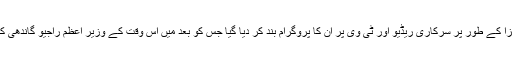
یہ اور بات ہے کہ سزا کے طور پر سرکاری ریڈیو اور ٹی وی پر ان کا پروگرام بند کر دیا گیا جس کو بعد میں اس وقت کے وزیر اعظم راجیو گاندھی کے کہنے پر ہٹایا گیا۔